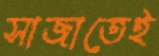
সাজাতেই